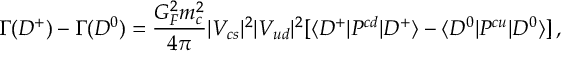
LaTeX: \Gamma ( D ^ { + } ) - \Gamma ( D ^ { 0 } ) = \frac { G _ { F } ^ { 2 } m _ { c } ^ { 2 } } { 4 \pi } | V _ { c s } | ^ { 2 } | V _ { u d } | ^ { 2 } [ \langle D ^ { + } | P ^ { c d } | D ^ { + } \rangle - \langle D ^ { 0 } | P ^ { c u } | D ^ { 0 } \rangle ] \, ,